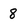
Character: 8